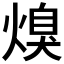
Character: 𭵩